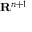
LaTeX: \scriptstyle \mathbf { R } ^ { n + 1 }